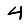
Digit: 4